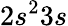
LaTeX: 2s^{2}3s